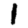
Digit: 1